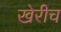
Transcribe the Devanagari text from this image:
खेरीच